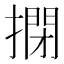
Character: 𢲾